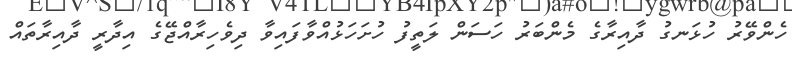
ހެންވޭރު ހުޅަނގު ދާއިރާގެ މެންބަރު ހަސަން ލަތީފު ހުށަހަޅުއްވާފައިވާ ދިވެހިރާއްޖޭގެ އިދާރީ ދާއިރާތައް